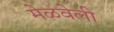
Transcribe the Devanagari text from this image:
मेळवेली